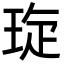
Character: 琁